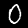
Digit: 0